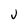
Character: J